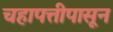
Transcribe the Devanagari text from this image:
चहापत्तीपासून